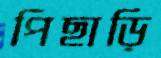
পিছাড়ি